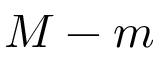
M - m